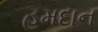
હમદાન